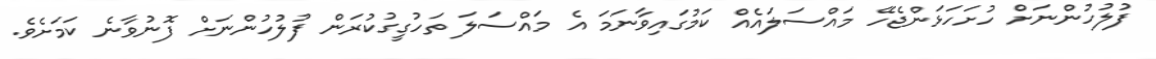
ފުލުހުންނަށް ހުށަހަޅަންޖެހޭ މައްސަލައެއް ކަމުގައިވާނަމަ އެ މައްސަލަ ތަހުގީގުކުރަން ފުލުހުންނަށް ފޮނުވާނެ ކަމަށެވެ.